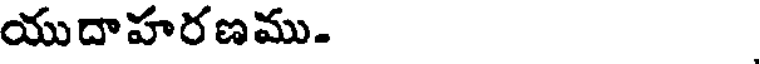
యుదాహరణము.